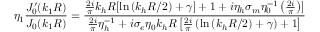
\eta _ { 1 } \frac { J _ { 0 } ^ { \prime } ( k _ { 1 } R ) } { J _ { 0 } ( k _ { 1 } R ) } = \frac { \frac { 2 i } { \pi } k _ { h } R [ \ln { ( k _ { h } R / 2 ) + \gamma ] + 1 + i \eta _ { h } \sigma _ { m } \eta _ { 0 } ^ { - 1 } \left( \frac { 2 i } { \pi } \right) } ] } { \frac { 2 i } { \pi } \eta _ { h } ^ { - 1 } + i \sigma _ { e } \eta _ { 0 } k _ { h } R \left[ \frac { 2 i } { \pi } \left( \ln { ( k _ { h } R / 2 ) + \gamma } \right) + 1 \right] }